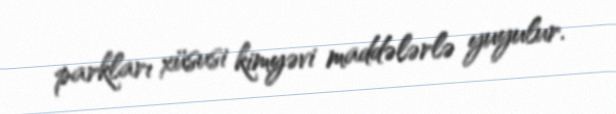
parkları xüsusi kimyəvi maddələrlə yuyulur.